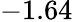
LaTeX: -1.64